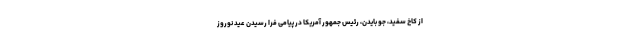
از کاخ سفید، جو بایدن، رئیس جمهور آمریکا در پیامی فرا رسیدن عید نوروز